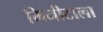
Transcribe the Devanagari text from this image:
मिनीटाला